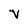
Character: V